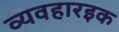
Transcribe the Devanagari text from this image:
व्यवहारइक